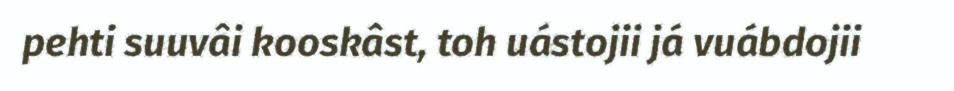
pehti suuvâi kooskâst, toh uástojii já vuábdojii